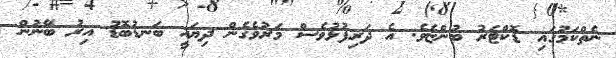
ނެތްކަމުގައި ޑޮކްޓަރު ބުންޏެވެ. އެ ދަރިފުޅުވެސް މަރުވެގެން ދިޔައީ ބަނޑުބޮޑު އިރު ބޭނުން